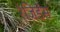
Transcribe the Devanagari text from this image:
रेजिडेंस